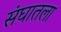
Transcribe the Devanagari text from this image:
संघातला